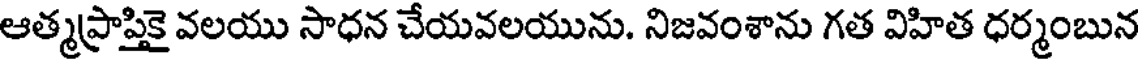
ఆత్మప్రాప్తికై వలయు సాధన చేయవలయును. నిజవంశాను గత విహిత ధర్మంబున